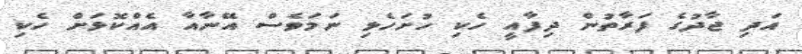
އަދި ޖާދުގެ ފަރާތުން ދިފާއީ ހެކި ހުށަހެޅި ނަމަވެސް އޭނާއާ އެއްކޮޅަށް ހެކި